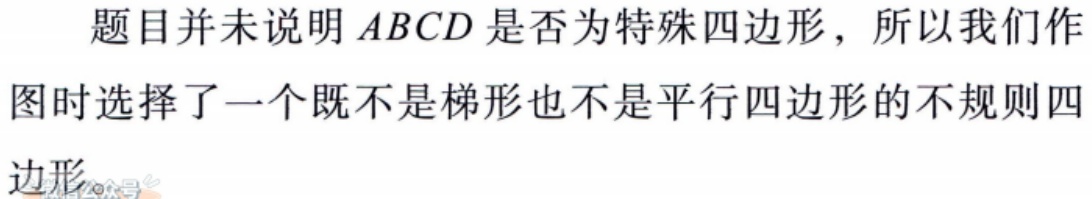
题目并未说明 \(ABCD\) 是否为特殊四边形，所以我们作图时选择了一个既不是梯形也不是平行四边形的不规则四边形。